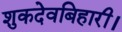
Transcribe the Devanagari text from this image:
शुकदेवबिहारी।